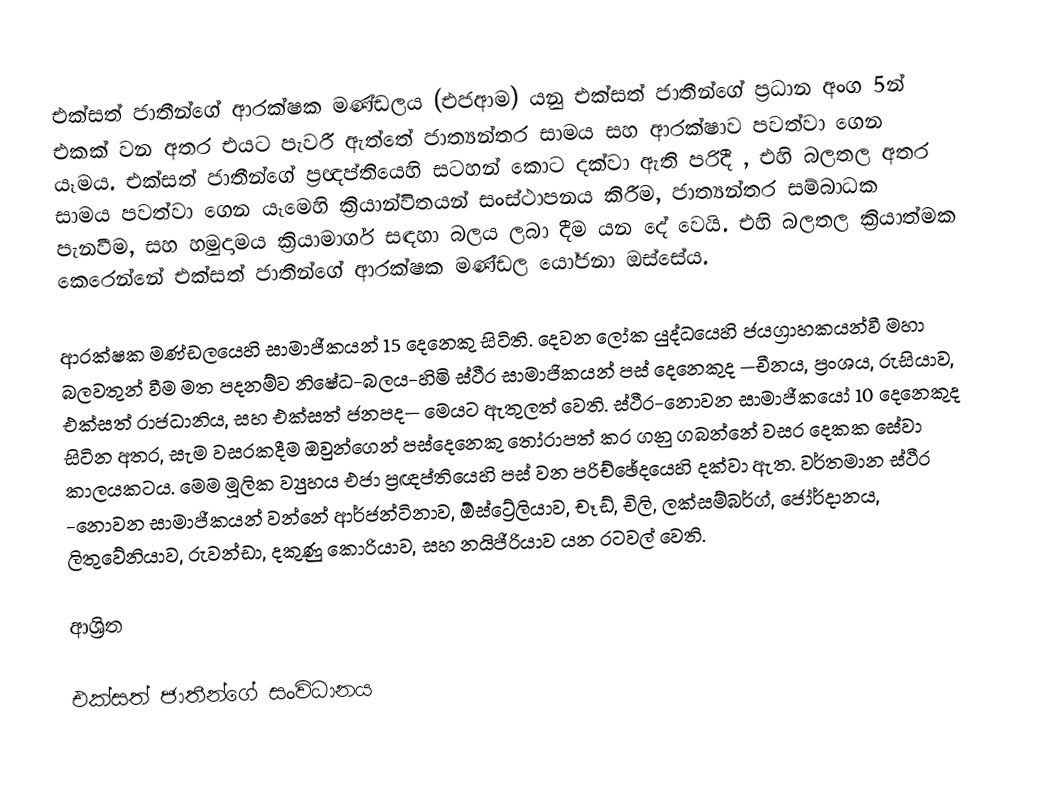
එක්සත් ජාතීන්ගේ ආරක්ෂක මණ්ඩලය (එජආම) යනු  එක්සත් ජාතීන්ගේ  ප්‍රධාන  අංග 5න් එකක් වන අතර එයට පැවරී ඇත්තේ  ජාත්‍යන්තර සාමය සහ ආරක්ෂාව පවත්වා ගෙන යෑමය. එක්සත් ජාතීන්ගේ ප්‍රඥප්තියෙහි සටහන් කොට දක්වා ඇති පරිදී ,  එහි බලතල අතර  සාමය පවත්වා ගෙන යෑමෙහි ක්‍රියාන්විතයන් සංස්ථාපනය කිරීම, ජාත්‍යන්තර සම්බාධක පැනවීම, සහ  හමුදාමය ක්‍රියාමාර්ග සඳහා බලය ලබා දීම යන දේ වෙයි. එහි බලතල ක්‍රියාත්මක කෙරෙන්නේ  එක්සත් ජාතීන්ගේ ආරක්ෂක මණ්ඩල යෝජනා ඔස්සේය.

ආරක්ෂක මණ්ඩලයෙහි සාමාජීකයන් 15 දෙනෙකු සිටිති.  දෙවන ලෝක යුද්ධයෙහි ජයග්‍රාහකයන්වී මහා බලවතුන් වීම මත පදනම්ව නිෂේධ-බලය-හිමි ස්ථීර සාමාජිකයන් පස් දෙනෙකුද —චීනය, ප්‍රංශය, රුසියාව, එක්සත් රාජධානිය, සහ එක්සත් ජනපද— මෙයට ඇතුලත් වෙති.  ස්ථීර-නොවන සාමාජීකයෝ 10 දෙනෙකුද සිටින අතර, සැම වසරකදීම ඔවුන්ගෙන්  පස්දෙනෙකු තෝරාපත් කර ගනු ගබන්නේ වසර දෙකක සේවා කාලයකටය. මෙම මූලික ව්‍යුහය  එජා ප්‍රඥප්තියෙහි පස් වන පරිච්ඡේදයෙහි දක්වා ඇත. වර්තමාන ස්ථීර -නොවන සාමාජීකයන් වන්නේ ආර්ජන්ටිනාව, ඕස්ට්‍රේලියාව, චෑඩ්, චිලි, ලක්සම්බර්ග්, ජෝර්දානය, ලිතුවේනියාව, රුවන්ඩා, දකුණු කොරියාව, සහ නයිජීරියාව යන රටවල් වෙති.

ආශ්‍රිත

එක්සත් ජාතීන්ගේ සංවිධානය